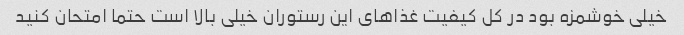
خیلی خوشمزه بود در کل کیفیت غذا‌های این رستوران خیلی بالا است حتما امتحان کنید